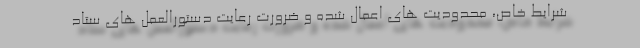
شرایط خاص، محدودیت های اعمال شده و ضرورت رعایت دستورالعمل های ستاد